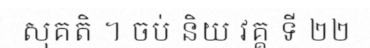
សុគតិ ។ ចប់ និយ វគ្គ ទី ២២